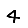
Digit: 4